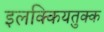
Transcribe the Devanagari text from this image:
इलक्कियतुक्क